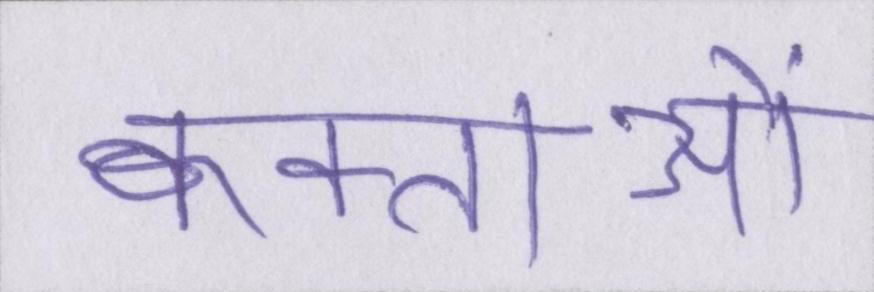
वक्ताओं